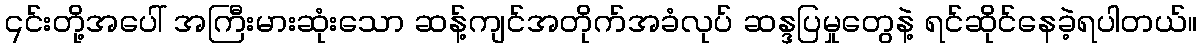
၎င်းတို့အပေါ် အကြီးမားဆုံးသော ဆန့်ကျင်အတိုက်အခံလုပ် ဆန္ဒပြမှုတွေနဲ့ ရင်ဆိုင်နေခဲ့ရပါတယ်။